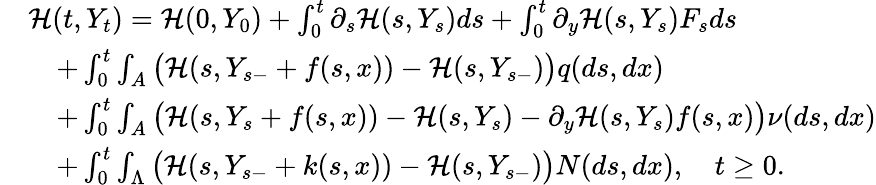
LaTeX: \begin{array}{rl}&{{\mathcal H}(t,Y_{t})={\mathcal H}(0,Y_{0})+\int_{0}^{t}\partial_{s}{\mathcal H}(s,Y_{s})ds+\int_{0}^{t}\partial_{y}{\mathcal H}(s,Y_{s})F_{s}ds}\\ &{\quad+\int_{0}^{t}\int_{A}\big({\mathcal H}(s,Y_{s-}+f(s,x))-{\mathcal H}(s,Y_{s-})\big)q(ds,dx)}\\ &{\quad+\int_{0}^{t}\int_{A}\big({\mathcal H}(s,Y_{s}+f(s,x))-{\mathcal H}(s,Y_{s})-\partial_{y}{\mathcal H}(s,Y_{s})f(s,x)\big)\nu(ds,dx)}\\ &{\quad+\int_{0}^{t}\int_{\Lambda}\big({\mathcal H}(s,Y_{s-}+k(s,x))-{\mathcal H}(s,Y_{s-})\big)N(ds,dx),\quad t\geq 0.}\end{array}